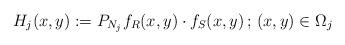
LaTeX: \begin{align*}H_j(x,y):=P_{N_j}f_R(x,y)\cdot f_S(x,y) \, ; \, (x,y)\in \Omega_j\end{align*}